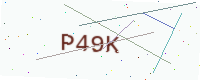
Text: P49K